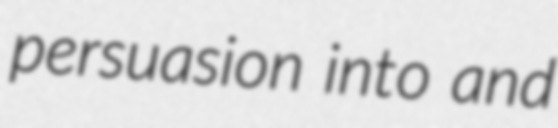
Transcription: persuasion into and